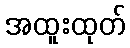
အထူးထုတ်